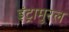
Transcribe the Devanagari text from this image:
इंट्रामुरल